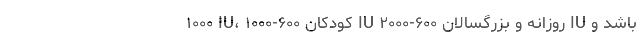
۱۰۰۰ IU، کودکان ۶۰۰-۱۰۰۰ IU روزانه و بزرگسالان ۶۰۰-۲۰۰۰ IU باشد و